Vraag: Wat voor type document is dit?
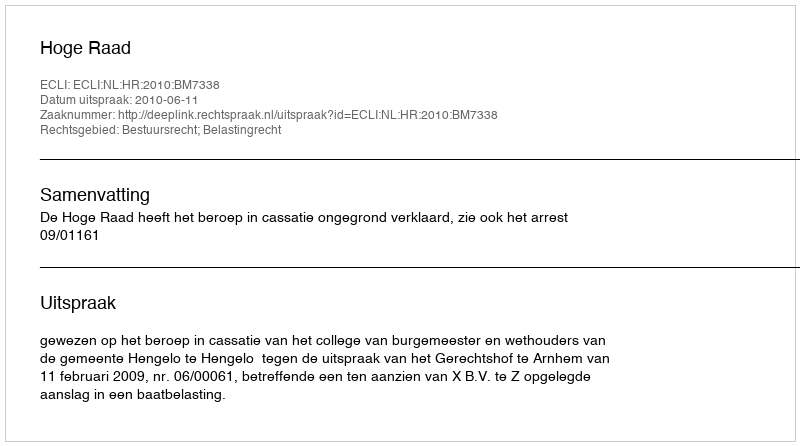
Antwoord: Uitspraak